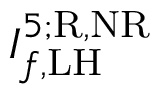
I _ { f , \mathrm { L H } } ^ { 5 ; \mathrm { R , N R } }